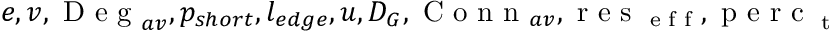
e , v , \textrm { D e g } _ { a v } , p _ { s h o r t } , l _ { e d g e } , u , D _ { G } , \textrm { C o n n } _ { a v } , \textrm { r e s } _ { \textrm { e f f } } , \textrm { p e r c } _ { \textrm { t } }